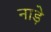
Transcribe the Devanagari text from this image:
नाड़े